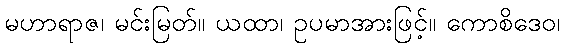
မဟာရာဇ၊ မင်းမြတ်။ ယထာ၊ ဥပမာအားဖြင့်။ ကောစိဒေဝ၊